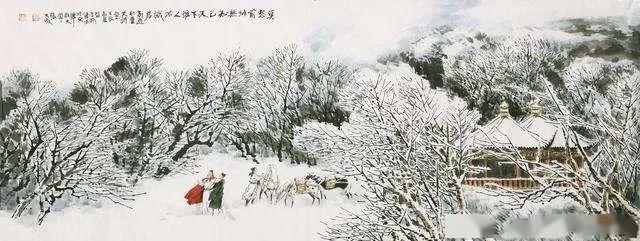
莫愁前路无知己，天下谁人不识君。